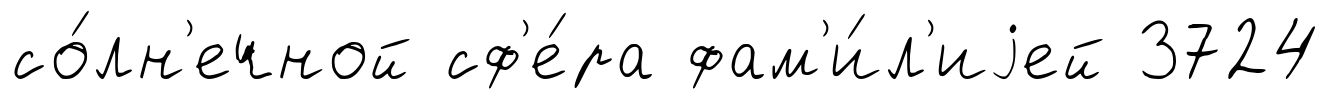
со́лн'ечной сф'е́ра фам'и́л'иjей 3724